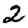
Digit: 2